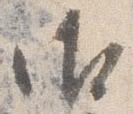
御